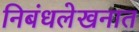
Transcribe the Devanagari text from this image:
निबंधलेखनात